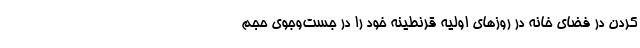
کردن در فضای خانه در روزهای اولیه قرنطینه خود را در جست‌و‌جوی حجم